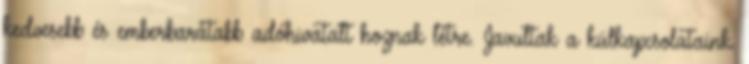
kedvesebb és emberbarátabb adóhivatalt hoznak létre. Javultak a külkapcsolataink.